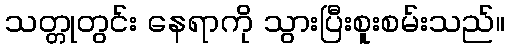
သတ္တုတွင်း နေရာကို သွားပြီးစူးစမ်းသည်။